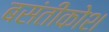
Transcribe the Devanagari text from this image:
बसंतीकोश